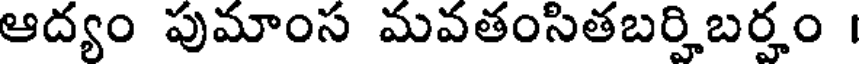
ఆద్యం పుమాంస మవతంసితబర్హిబర్హం ।